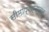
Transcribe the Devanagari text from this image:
सीमाप्रश्नावरून